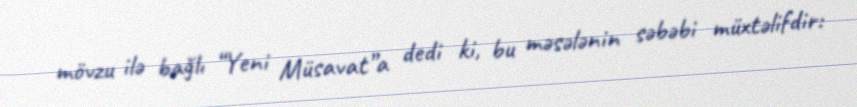
mövzu ilə bağlı “Yeni Müsavat”a dedi ki, bu məsələnin səbəbi müxtəlifdir: